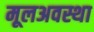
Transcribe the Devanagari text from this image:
मूलअवस्था